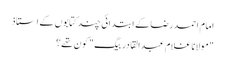
امام احمدرضا کے ابتدائی چند کتابوں کے استاذ
"مولانا غلام عبدالقادر بیگ" کون تھے؟